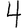
Digit: 4